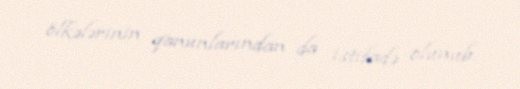
ölkələrinin qanunlarından da istifadə olunub.